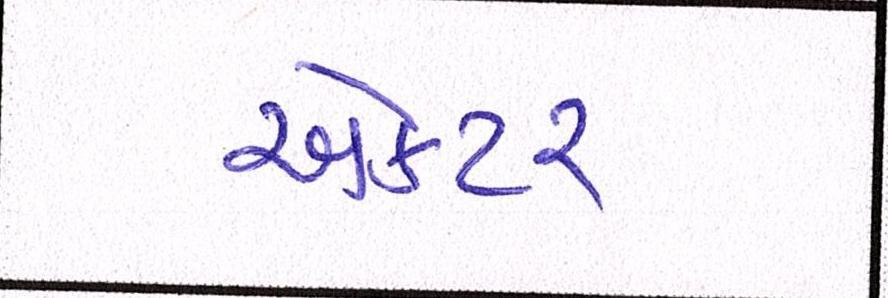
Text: ઍક્ટર